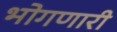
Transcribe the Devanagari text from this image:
भोगणारी